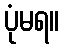
ပုံမရ။